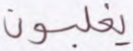
يغلبون